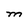
Character: M